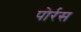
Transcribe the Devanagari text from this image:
पोर्रस